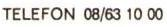
TELEFON08/63 10.00